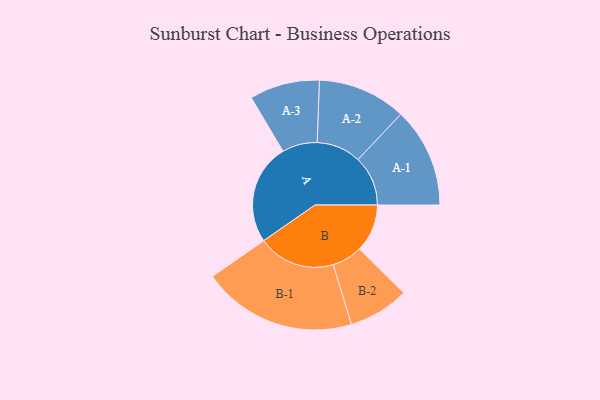
{"axis": {"x": "Segment", "y": "Value"}, "legend": ["", "A", "B"], "data": [{"x": "A", "y": 339, "type": ""}, {"x": "B", "y": 161, "type": ""}, {"x": "A-1", "y": 168, "type": "A"}, {"x": "A-2", "y": 149, "type": "A"}, {"x": "A-3", "y": 118, "type": "A"}, {"x": "B-1", "y": 260, "type": "B"}, {"x": "B-2", "y": 102, "type": "B"}]}